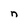
Character: n